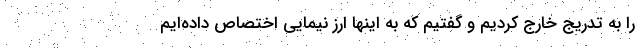
را به تدریج خارج کردیم و گفتیم که به اینها ارز نیمایی اختصاص داده‌ایم